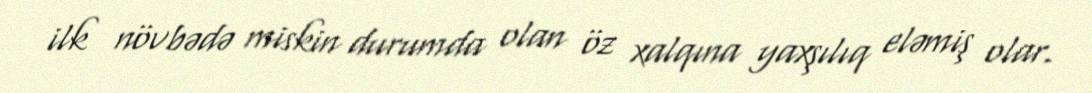
ilk növbədə miskin durumda olan öz xalqına yaxşılıq eləmiş olar.